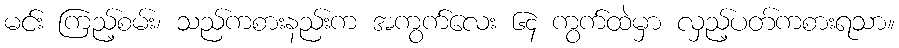
မင်း ကြည့်စမ်း၊ သည်ကစားနည်းက အကွက်လေး ၆၄ ကွက်ထဲမှာ လှည့်ပတ်ကစားရသာ။